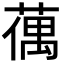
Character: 𦸲